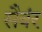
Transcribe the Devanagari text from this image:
सैवंर